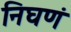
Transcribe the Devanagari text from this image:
निघणं